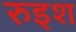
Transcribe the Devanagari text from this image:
रुइश